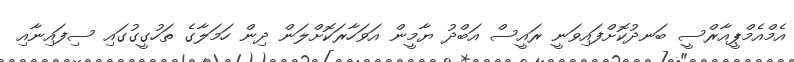
އެމްއެމްޕީއާރްސީ ބަނދުކޮށްފައިވަނީ ރައީސް އަބްދު ޔާމީން އަވަހާރަކޮށްލަން ދިން ހަމަލާގެ ތަހުގީގުގައި ސިފައިނާއި